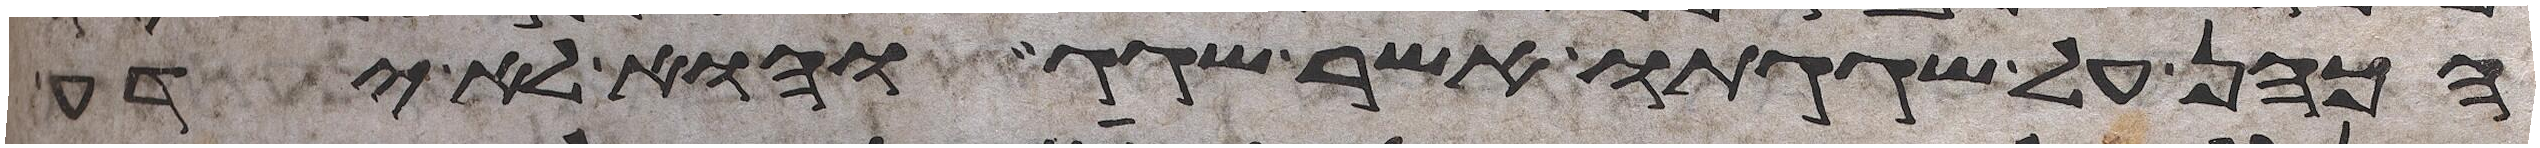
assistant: הכהן על שגגתו אשר שגג והוא לא ידע